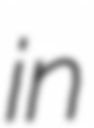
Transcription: in